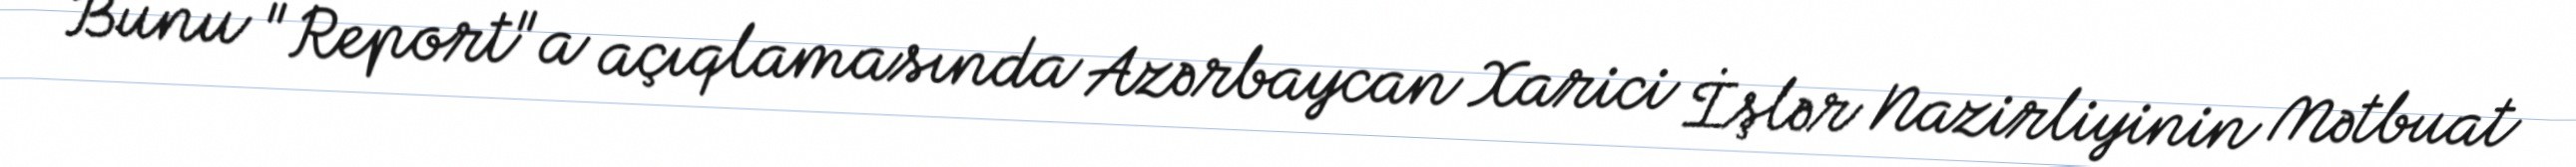
Bunu "Report"a açıqlamasında Azərbaycan Xarici İşlər Nazirliyinin Mətbuat